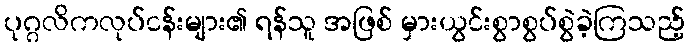
ပုဂ္ဂလိကလုပ်ငန်းများ၏ ရန်သူ အဖြစ် မှားယွင်းစွာစွပ်စွဲခဲ့ကြသည့်